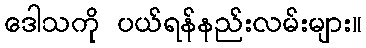
ဒေါသကို ပယ်ရန်နည်းလမ်းများ။